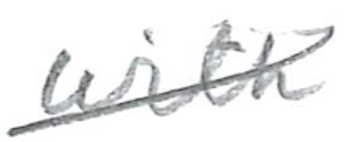
Text: with
Cross-out: mix
Writing tool: pencil